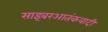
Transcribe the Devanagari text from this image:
साइबरआतंकवादी